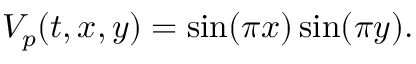
V _ { p } ( t , x , y ) = \sin ( \pi x ) \sin ( \pi y ) .